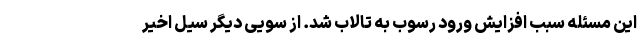
این مسئله سبب افزایش ورود رسوب به تالاب شد. از سویی دیگر سیل اخیر